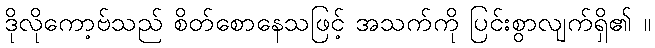
ဒိုလိုကော့ဗ်သည် စိတ်စောနေသဖြင့် အသက်ကို ပြင်းစွာလျက်ရှိ၏ ။